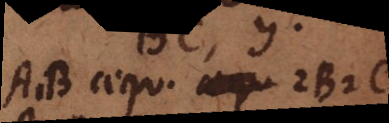
A1B aequ. aequ 2B2C